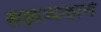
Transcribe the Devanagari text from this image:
सहाय्यकाचे